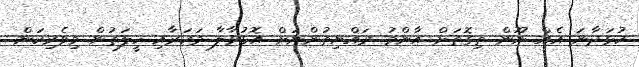
ކުޅަދާނަ އެއް ނޫން ތިގޮތަށް އާންމު ރައްޔިތުންނަށް އޮޅުވާލާ މަކަރާއި ހީލަތުން މިވެރިކަން